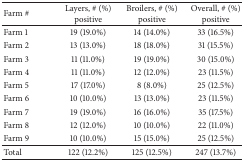
<table><thead><tr><td><b>Farm #</b></td><td><b>Layers, # (%) positive</b></td><td><b>Broilers, # (%) positive</b></td><td><b>Overall, # (%) positive</b></td></tr></thead><tbody><tr><td>Farm 1</td><td>19 (19.0%)</td><td>14 (14.0%)</td><td>33 (16.5%)</td></tr><tr><td>Farm 2</td><td>13 (13.0%)</td><td>18 (18.0%)</td><td>31 (15.5%)</td></tr><tr><td>Farm 3</td><td>11 (11.0%)</td><td>19 (19.0%)</td><td>30 (15.0%)</td></tr><tr><td>Farm 4</td><td>11 (11.0%)</td><td>12 (12.0%)</td><td>23 (11.5%)</td></tr><tr><td>Farm 5</td><td>17 (17.0%)</td><td>8 (8.0%)</td><td>25 (12.5%)</td></tr><tr><td>Farm 6</td><td>10 (10.0%)</td><td>13 (13.0%)</td><td>23 (11.5%)</td></tr><tr><td>Farm 7</td><td>19 (19.0%)</td><td>16 (16.0%)</td><td>35 (17.5%)</td></tr><tr><td>Farm 8</td><td>12 (12.0%)</td><td>10 (10.0%)</td><td>22 (11.0%)</td></tr><tr><td>Farm 9</td><td>10 (10.0%)</td><td>15 (15.0%)</td><td>25 (12.5%)</td></tr><tr><td>Total</td><td>122 (12.2%)</td><td>125 (12.5%)</td><td>247 (13.7%)</td></tr></tbody></table>